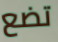
تضع